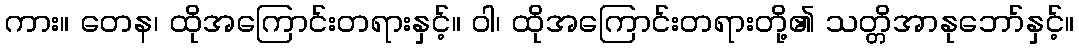
ကား။ တေန၊ ထိုအကြောင်းတရားနှင့်။ ဝါ၊ ထိုအကြောင်းတရားတို့၏ သတ္တိအာနုဘော်နှင့်။